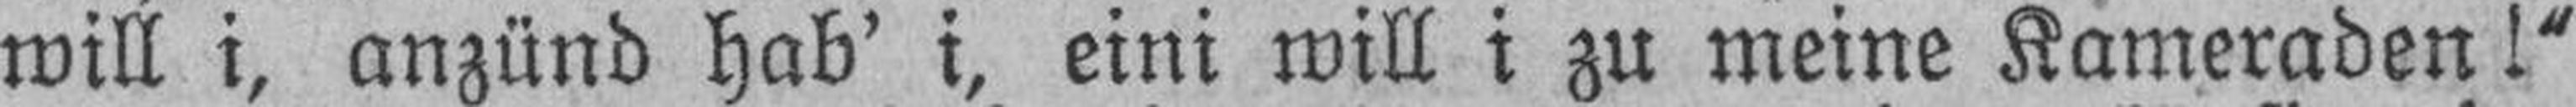
will i, anzünd hab’ i, eini will i zu meine Kameraden!“